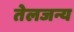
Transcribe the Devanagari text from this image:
तेलजन्य